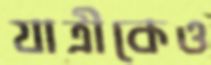
যাত্রীকেও